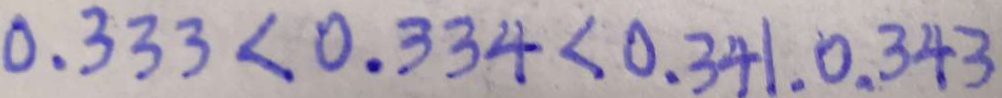
0 . 3 3 3 < 0 . 3 3 4 < 0 . 3 4 1 . 0 . 3 4 3